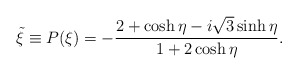
\begin{align*}\tilde{\xi}\equiv P(\xi)=-\frac{2+\cosh\eta-i\sqrt{3}\sinh\eta}{1+2\cosh\eta}.\end{align*}